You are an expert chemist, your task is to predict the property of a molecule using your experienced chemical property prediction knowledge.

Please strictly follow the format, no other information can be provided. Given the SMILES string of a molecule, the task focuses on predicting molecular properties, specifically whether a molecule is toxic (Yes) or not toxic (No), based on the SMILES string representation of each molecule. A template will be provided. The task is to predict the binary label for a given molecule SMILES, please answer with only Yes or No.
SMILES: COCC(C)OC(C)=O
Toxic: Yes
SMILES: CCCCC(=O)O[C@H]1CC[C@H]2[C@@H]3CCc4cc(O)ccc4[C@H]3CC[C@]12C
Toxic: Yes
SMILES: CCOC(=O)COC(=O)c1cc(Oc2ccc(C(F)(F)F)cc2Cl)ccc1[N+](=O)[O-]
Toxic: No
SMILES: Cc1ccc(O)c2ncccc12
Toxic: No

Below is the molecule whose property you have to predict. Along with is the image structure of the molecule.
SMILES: CCN(CC)C(=O)[C@]1(c2ccccc2)C[C@@H]1CN
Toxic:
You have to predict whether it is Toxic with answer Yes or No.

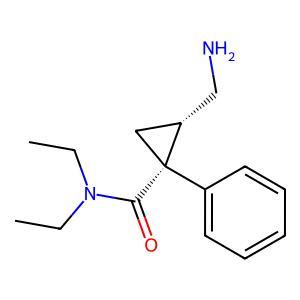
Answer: No